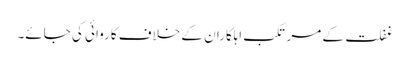
غفلت کے مرتکب اہلکاران کے خلاف کاروائی کی جائے۔